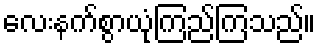
လေးနက်စွာယုံကြည်ကြသည်။